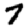
Digit: 7